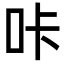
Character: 咔